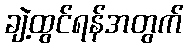
ချဲ့ထွင်ရန်အတွက်